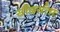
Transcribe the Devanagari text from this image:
सौंदर्यता